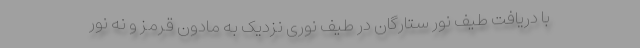
با دریافت طیف نور ستارگان در طیف نوری نزدیک به مادون قرمز و نه نور